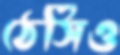
ঠেসিও